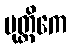
ပုတ္တိကေ